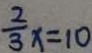
\frac { 2 } { 3 } x = 1 0